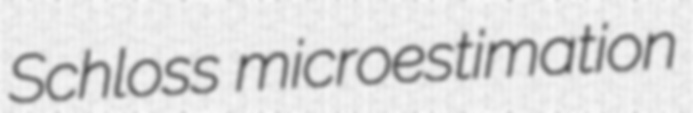
Schloss microestimation